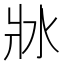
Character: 𤕯